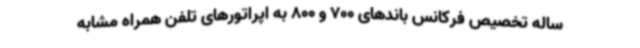
ساله تخصیص فرکانس‌ باندهای 700 و 800 به اپراتورهای تلفن همراه مشابه